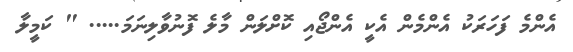
އެންމެ ފަހަރަކު އެންމެން އެކީ އެންޖޯއި ކޮށްލަން މާލެ ފޮނުވާލިނަމަ..... " ކަމީލާ